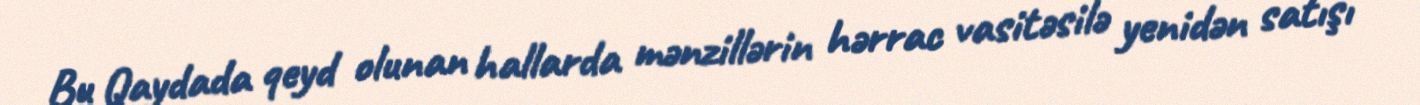
Bu Qaydada qeyd olunan hallarda mənzillərin hərrac vasitəsilə yenidən satışı